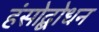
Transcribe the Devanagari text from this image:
हंसोद्बोधन